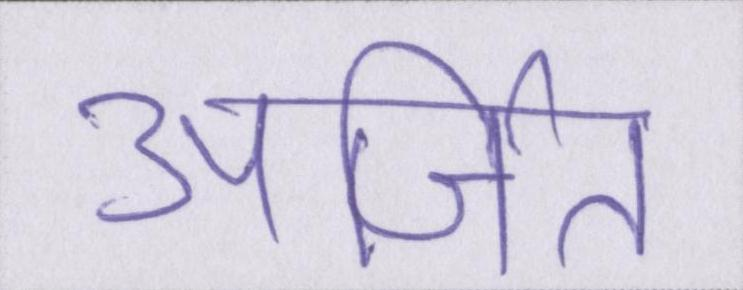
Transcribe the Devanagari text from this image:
अर्जित